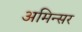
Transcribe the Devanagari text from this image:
अमिन्सर